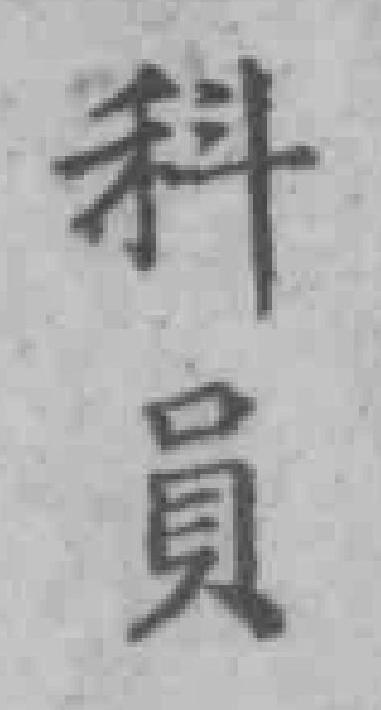
科員